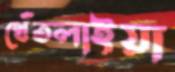
থেঁতলাইয়া